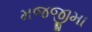
મજજીમા